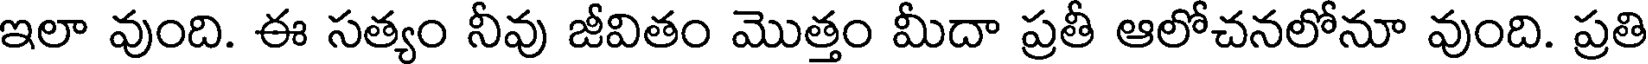
ఇలా వుంది. ఈ సత్యం నీవు జీవితం మొత్తం మీదా ప్రతీ ఆలోచనలోనూ వుంది. ప్రతి